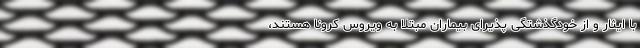
با ایثار و از خودگذشتگی پذیرای بیماران مبتلا به ویروس کرونا هستند،